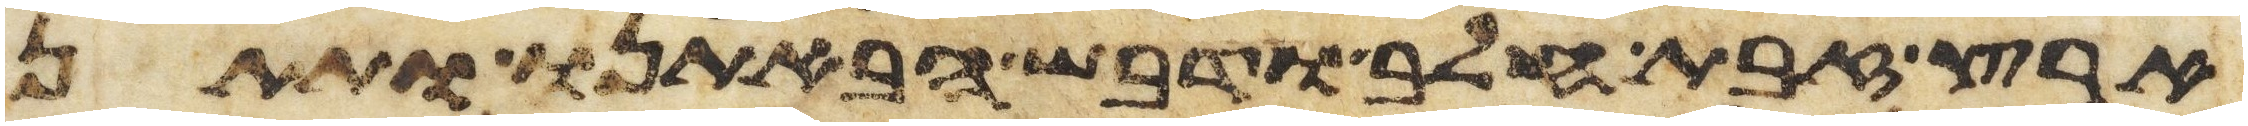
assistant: ארץ זבת חלב ודבש הבאתנו ותתן